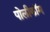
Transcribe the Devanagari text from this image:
पोलीकॉम